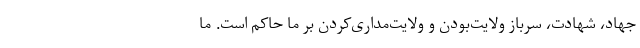
جهاد، شهادت، سرباز ولایت‌بودن و ولایت‌مداری‌کردن بر ما حاکم است. ما